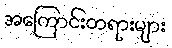
အကြောင်းတရားများ